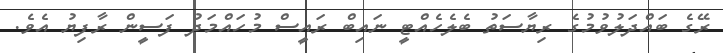
ރޭގެ ބައްދަލުވުމުގެ ރިޔާސަތު ބެލެހެއްޓީ ނައިބް ރައީސް މުހައްމަދު ފަސީން ރާފިޔު އެވެ.